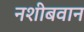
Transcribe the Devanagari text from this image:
नशीबवान